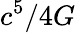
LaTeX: c^{5}/4G